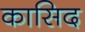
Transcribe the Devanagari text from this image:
कासिद